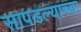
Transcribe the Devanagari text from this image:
सापडल्याच्या